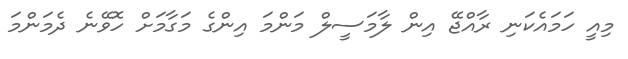
މިއީ ހަމައެކަނި ރާއްޖޭ އިން ލާމަސީލް މަންމަ އިންގެ މަގާމަށް ހޮވޭނެ ދެމަންމަ